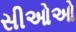
સીઓઓ